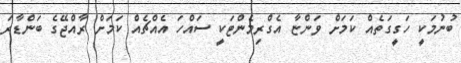
ބުނުމަކީ ހަގީގަތެއް ކަމަށް ވަންޏާ އެގްރިމެންޓަކީ ސައްހަ އެއްޗެއް ކަމަށް ރާއްޖޭގެ ބަންޑާރަ